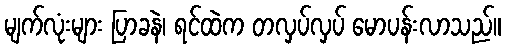
မျက်လုံးများ ပြာခနဲ၊ ရင်ထဲက တလှပ်လှပ် မောပန်းလာသည်။